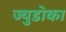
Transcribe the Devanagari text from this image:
ज्युडोका